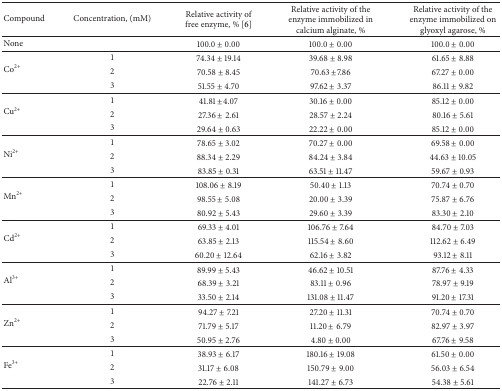
<table><thead><tr><td><b>Compound</b></td><td><b>Concentration, (mM)</b></td><td><b>Relative activity of free enzyme, % [6]</b></td><td><b>Relative activity of the enzyme immobilized in calcium alginate, %</b></td><td><b>Relative activity of the enzyme immobilized on glyoxyl agarose, %</b></td></tr></thead><tbody><tr><td>None</td><td> </td><td>100.0 ± 0.00</td><td>100.0 ± 0.00</td><td>100.0 ± 0.00</td></tr><tr><td rowspan="3">Co<sup>2+</sup></td><td>1</td><td>74.34 ± 19.14</td><td>39.68 ± 8.98</td><td>61.65 ± 8.88</td></tr><tr><td>2</td><td>70.58 ± 8.45</td><td>70.63 ±7.86</td><td>67.27 ± 0.00</td></tr><tr><td>3</td><td>51.55 ± 4.70</td><td>97.62 ± 3.37</td><td>86.11 ± 9.82</td></tr><tr><td rowspan="3">Cu<sup>2+</sup></td><td>1</td><td>41.81 ±4.07</td><td>30.16 ± 0.00</td><td>85.12 ± 0.00</td></tr><tr><td>2</td><td>27.36 ± 2.61</td><td>28.57 ± 2.24</td><td>80.16 ± 5.61</td></tr><tr><td>3</td><td>29.64 ± 0.63</td><td>22.22 ± 0.00</td><td>85.12 ± 0.00</td></tr><tr><td rowspan="3">Ni<sup>2+</sup></td><td>1</td><td>78.65 ± 3.02</td><td>70.27 ± 0.00</td><td>69.58 ± 0.00</td></tr><tr><td>2</td><td>88.34 ± 2.29</td><td>84.24 ± 3.84</td><td>44.63 ± 10.05</td></tr><tr><td>3</td><td>83.85 ± 0.31</td><td>63.51 ± 11.47</td><td>59.67 ± 0.93</td></tr><tr><td rowspan="3">Mn<sup>2+</sup></td><td>1</td><td>108.06 ± 8.19</td><td>50.40 ± 1.13</td><td>70.74 ± 0.70</td></tr><tr><td>2</td><td>98.55 ± 5.08</td><td>20.00 ± 3.39</td><td>75.87 ± 6.76</td></tr><tr><td>3</td><td>80.92 ± 5.43</td><td>29.60 ± 3.39</td><td>83.30 ± 2.10</td></tr><tr><td rowspan="3">Cd<sup>2+</sup></td><td>1</td><td>69.33 ± 4.01</td><td>106.76 ± 7.64</td><td>84.70 ± 7.03</td></tr><tr><td>2</td><td>63.85 ± 2.13</td><td>115.54 ± 8.60</td><td>112.62 ± 6.49</td></tr><tr><td>3</td><td>60.20 ± 12.64</td><td>62.16 ± 3.82</td><td>93.12 ± 8.11</td></tr><tr><td rowspan="3">Al<sup>3+</sup></td><td>1</td><td>89.99 ± 5.43</td><td>46.62 ± 10.51</td><td>87.76 ± 4.33</td></tr><tr><td>2</td><td>68.39 ± 3.21</td><td>83.11 ± 0.96</td><td>78.97 ± 9.19</td></tr><tr><td>3</td><td>33.50 ± 2.14</td><td>131.08 ± 11.47</td><td>91.20 ± 17.31</td></tr><tr><td rowspan="3">Zn<sup>2+</sup></td><td>1</td><td>94.27 ± 7.21</td><td>27.20 ± 11.31</td><td>70.74 ± 0.70</td></tr><tr><td>2</td><td>71.79 ± 5.17</td><td>11.20 ± 6.79</td><td>82.97 ± 3.97</td></tr><tr><td>3</td><td>50.95 ± 2.76</td><td>4.80 ± 0.00</td><td>67.76 ± 9.58</td></tr><tr><td rowspan="3">Fe<sup>3+</sup></td><td>1</td><td>38.93 ± 6.17</td><td>180.16 ± 19.08</td><td>61.50 ± 0.00</td></tr><tr><td>2</td><td>31.17 ± 6.08</td><td>150.79 ± 9.00</td><td>56.03 ± 6.54</td></tr><tr><td>3</td><td>22.76 ± 2.11</td><td>141.27 ± 6.73</td><td>54.38 ± 5.61</td></tr></tbody></table>